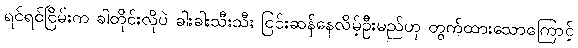
ရင်ရင်ငြိမ်းက ခါတိုင်းလိုပဲ ခါးခါးသီးသီး ငြင်းဆန်နေလိမ့်ဦးမည်ဟု တွက်ထားသောကြောင့်